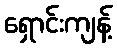
ရှောင်းကျန့်